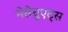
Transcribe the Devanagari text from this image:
मेसेचुएट्स